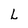
Character: L